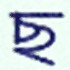
ছ